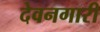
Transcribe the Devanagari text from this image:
देवनगारी